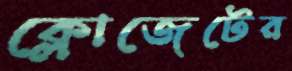
ক্লোজেটের